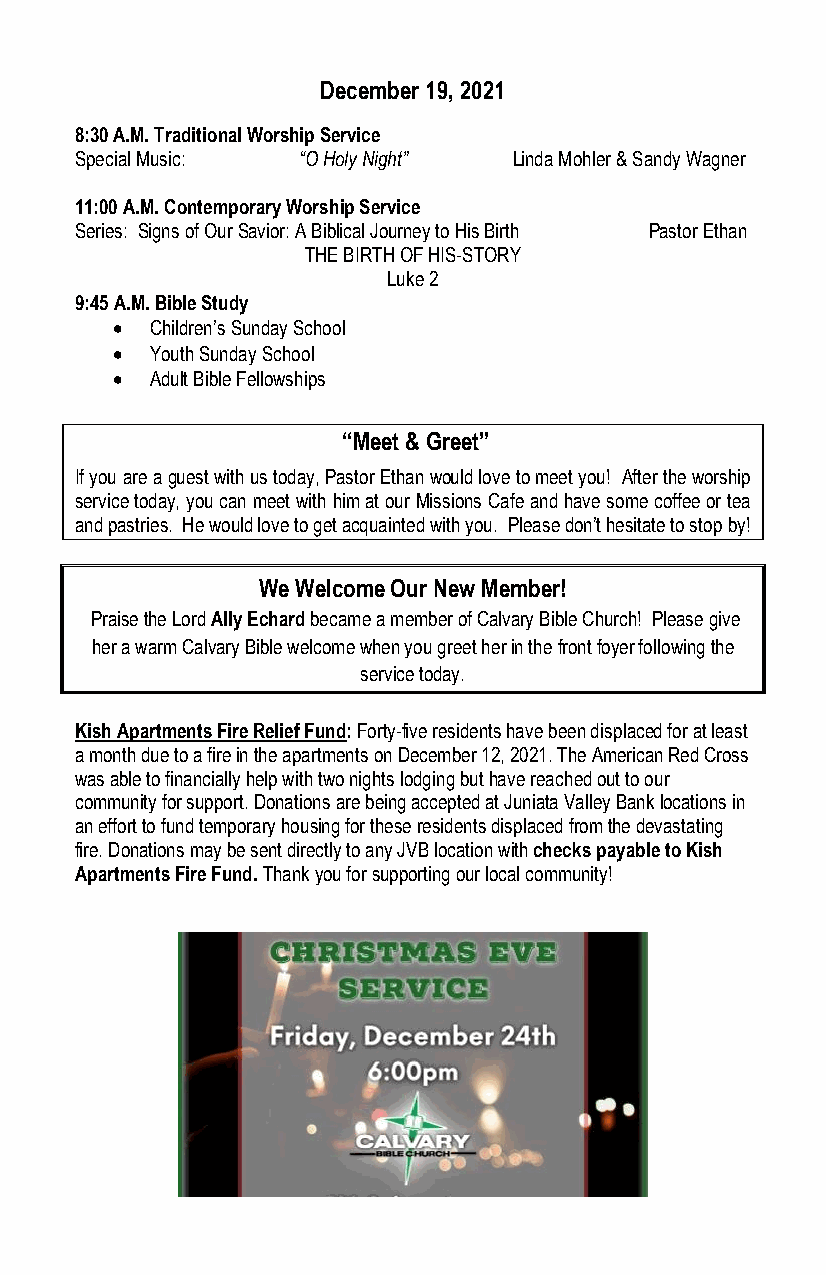
December 19, 2021
 8:30 A.M. Traditional Worship Service
 Special Music: “O Holy Night” Linda Mohler & Sandy Wagner
 11:00 A.M. Contemporary Worship Service
 Series: Signs of Our Savior: A Biblical Journey to His Birth Pastor Ethan
 THE BIRTH OF HIS-STORY
 Luke 2
 9:45 A.M. Bible Study
 •  Children’s Sunday School
 •  Youth Sunday School
 •  Adult Bible Fellowships
 “Meet & Greet”
 If you are a guest with us today, Pastor Ethan would love to meet you! After the worship
 service today, you can meet with him at our Missions Cafe and have some coffee or tea
 and pastries. He would love to get acquainted with you. Please don’t hesitate to stop by!
 We Welcome Our New Member!
 Praise the Lord Ally Echard became a member of Calvary Bible Church! Please give
 her a warm Calvary Bible welcome when you greet her in the front foyer following the
 service today.
 Kish Apartments Fire Relief Fund: Forty-five residents have been displaced for at least
 a month due to a fire in the apartments on December 12, 2021. The American Red Cross
 was able to financially help with two nights lodging but have reached out to our
 community for support. Donations are being accepted at Juniata Valley Bank locations in
 an effort to fund temporary housing for these residents displaced from the devastating
 fire. Donations may be sent directly to any JVB location with checks payable to Kish
 Apartments Fire Fund. Thank you for supporting our local community!